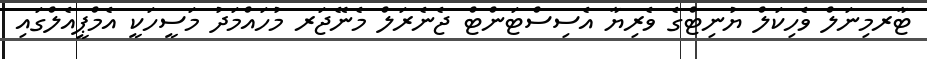
ޓާރމިނަލް ވެހިކަލް ޔުނިޓްގެ ވެރިޔާ އެސިސްޓަންޓް ޖެނެރަލް މެނޭޖަރ މުހައްމަދު މަސީހަކީ އެމްޕީއެލްގައި